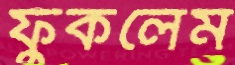
ফুঁকলেম